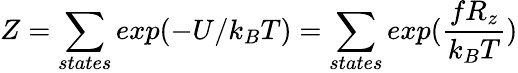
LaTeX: Z=\sum_{states}exp(-U/k_{B}T)=\sum_{states}exp({\frac{fR_{z}}{k_{B}T}})